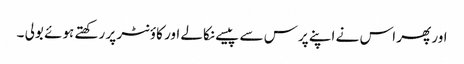
اور پھر اس نے اپنے پرس سے پیسے نکالے اور کاؤنٹر پر رکھتے ہوئے بولی ۔